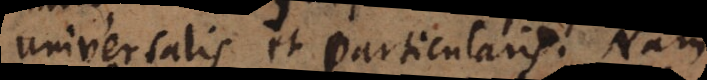
universalis et particularis. Nam